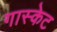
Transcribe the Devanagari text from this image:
गास्केट